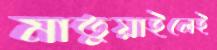
মাতুয়াইলেই